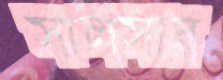
সালসার